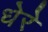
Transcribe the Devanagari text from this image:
धेरे